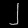
Digit: ၂